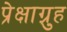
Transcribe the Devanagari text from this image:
प्रेक्षाग़्रुह